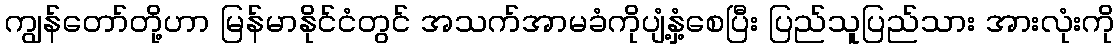
ကျွန်တော်တို့ဟာ မြန်မာနိုင်ငံတွင် အသက်အာမခံကိုပျံ့နှံ့စေပြီး ပြည်သူပြည်သား အားလုံးကို